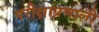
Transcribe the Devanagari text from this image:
परीक्षाप्रणाली